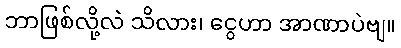
ဘာဖြစ်လို့လဲ သိလား၊ ငွေဟာ အာဏာပဲဗျ။